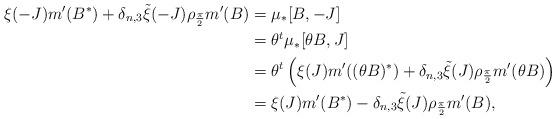
LaTeX: \begin{align*}\xi (-J) m'(B^*) + \delta_{n, 3} \tilde \xi (-J) \rho_{\frac \pi 2} m'(B)&= \mu_* [B,-J] \\&= \theta^t \mu_* [\theta B, J] \\&= \theta^t \left( \xi (J) m'((\theta B)^*) + \delta_{n, 3} \tilde \xi (J) \rho_{\frac \pi 2} m'(\theta B) \right) \\&= \xi (J) m'(B^*) - \delta_{n, 3} \tilde \xi (J) \rho_{\frac \pi 2} m'(B) ,\end{align*}